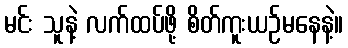
မင်း သူနဲ့ လက်ထပ်ဖို့ စိတ်ကူးယဉ်မနေနဲ့။